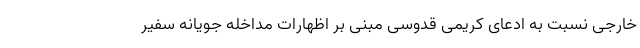
خارجی نسبت به ادعای کریمی قدوسی مبنی بر اظهارات مداخله جویانه سفیر